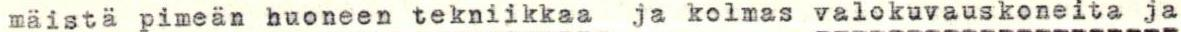
mäistä pimeän huoneen tekniikkaa ja kolmas valokuvauskoneita ja